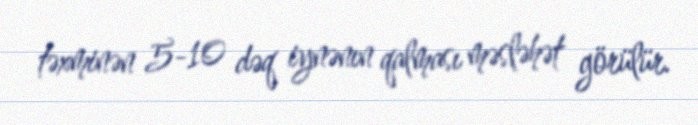
təxminən 5-10 dəq iynənın qalması məsləhət görülür.